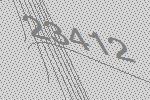
23412